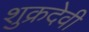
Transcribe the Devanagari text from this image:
शुक्रदेवी